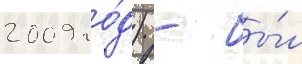
2009 го́д) - бы́л